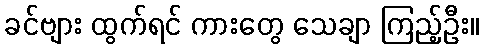
ခင်ဗျား ထွက်ရင် ကားတွေ သေချာ ကြည့်ဦး။